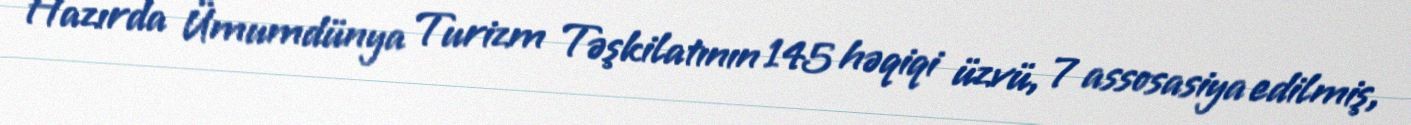
Hazırda Ümumdünya Turizm Təşkilatının 145 həqiqi üzvü, 7 assosasiya edilmiş,